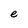
Character: e